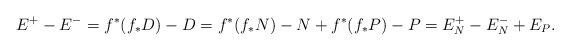
\begin{align*}E^+ - E^{-} = f^*(f_*D) - D = f^*(f_*N) -N + f^*(f_*P) - P = E_N^+ - E_N^{-} + E_P.\end{align*}